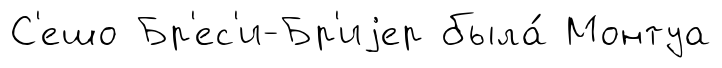
С'ешо Бр'ес'и-Бр'иjер была́ Монтуа